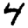
Digit: 4